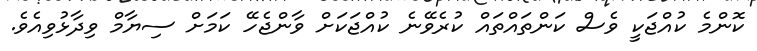
ކޮންމެ ކުއްޖަކީ ވެސް ކަންތައްތައް ކުރެވޭނެ ކުއްޖަކަށް ވާންޖެހޭ ކަަމަށް ސިޔާމް ވިދާޅުވިއެވެ.